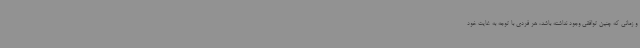
و زمانی که چنین توافقی وجود نداشته باشد، هر فردی با توجه به غایت خود